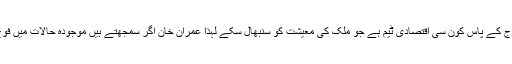
اس میں فوج کبھی بھی مارشل لاء نہیں لگائے گی اور پھر فوج کے پاس کون سی اقتصادی ٹیم ہے جو ملک کی معیشت کو سنبھال سکے لہٰذا عمران خان اگر سمجھتے ہیں موجودہ حالات میں فوج ان کی حمایت جاری رکھے گی تو یہ ان کی غلط فہمی ہے۔